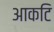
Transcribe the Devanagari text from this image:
आकटि